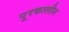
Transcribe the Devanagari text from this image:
पूरकालीन